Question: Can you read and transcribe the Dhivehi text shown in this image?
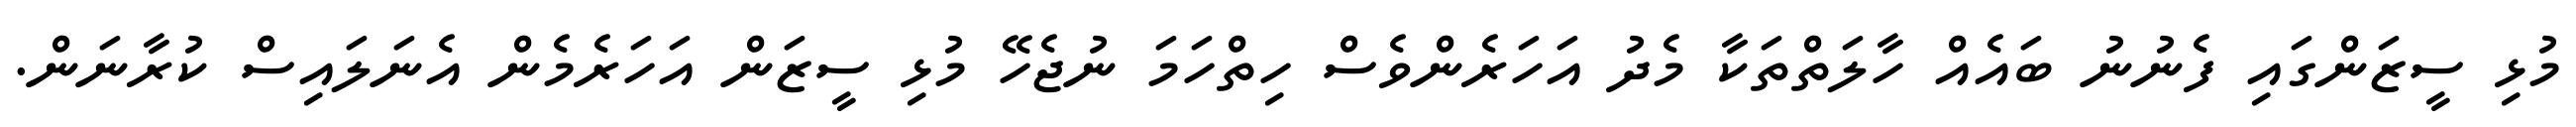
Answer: މުޅި ސީޒަންގައި ފެނުނު ބައެއް ހާލަތްތަކާ މެދު އަހަރެންވެސް ހިތްހަމަ ނުޖެހޭ މުޅި ސީޒަން އަހަރެމެން އެނަލައިސް ކުރާނަން.